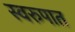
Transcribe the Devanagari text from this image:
स्‍वरुपात